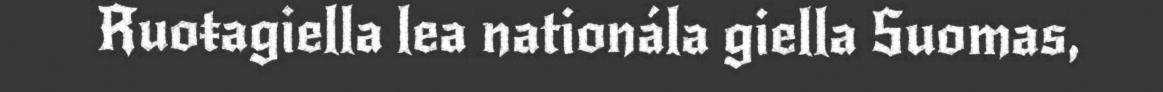
Ruoŧagiella lea nationála giella Suomas,